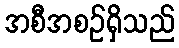
အစီအစဉ်ရှိသည်